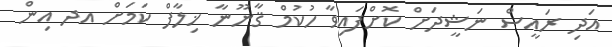
އަދި ރައީސް ނަޝީދަށް ކޮށްފައިވާ ހުކުމް ޤާނޫނާ ޚިލާފް ކަމަށް އދ އިން